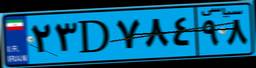
۲۳D۷۸۴۹۸